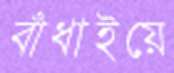
বাঁধাইয়ে